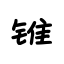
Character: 锥